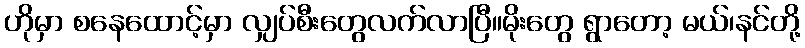
ဟိုမှာ စနေထောင့်မှာ လျှပ်စီးတွေလက်လာပြီ။မိုးတွေ ရွာတော့ မယ်၊နင်တို့